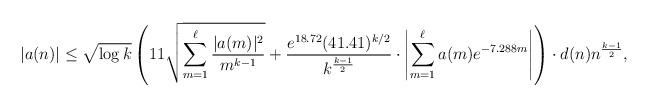
LaTeX: \begin{align*}|a(n)| &\leq \sqrt{\log k} \left(11 \sqrt{\sum_{m=1}^\ell \frac{|a(m)|^2}{m^{k-1}}} + \frac{e^{18.72}(41.41)^{k/2}}{k^{\frac{k-1}{2}}} \cdot \left|\sum_{m=1}^\ell a(m) e^{-7.288m} \right| \right) \cdot d(n) n^{\frac{k-1}{2}},\end{align*}